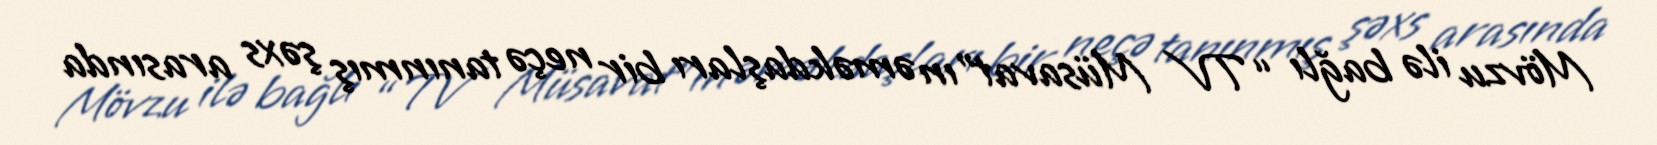
Mövzu ilə bağlı “TV Müsavat”ın əməkdaşları bir neçə tanınmış şəxs arasında